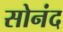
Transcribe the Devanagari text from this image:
सोनंद